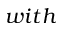
w i t h